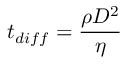
t _ { d i f f } = \frac { \rho D ^ { 2 } } { \eta }